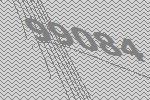
99084